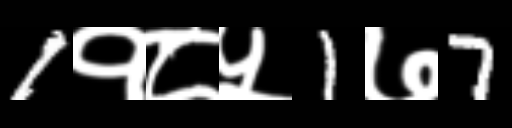
Text: 1१८५1७7